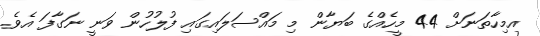
އމިހާތަނަށް 44 މީހެއްގެ ބަޔާން މި މައްސަލައިގައި ފުލުހުން ވަނީ ނަގާފަ އެވެ.